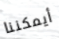
أيمكننا